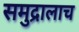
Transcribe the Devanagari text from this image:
समुद्रालाच